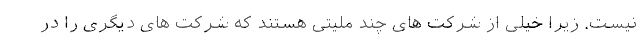
نیست. زیرا خیلی از شرکت های چند ملیتی هستند که شرکت های دیگری را در